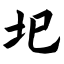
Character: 圯